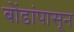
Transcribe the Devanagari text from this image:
बोंडांपासून